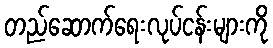
တည်ဆောက်ရေးလုပ်ငန်းများကို